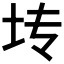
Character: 𫭞